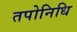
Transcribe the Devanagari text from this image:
तपोनिधि